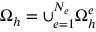
\Omega _ { h } = \cup _ { e = 1 } ^ { N _ { e } } \Omega _ { h } ^ { e }